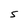
Character: S